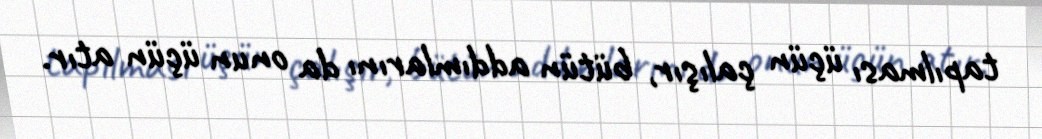
tapılması üçün çalışır, bütün addımlarını da onun üçün atır.